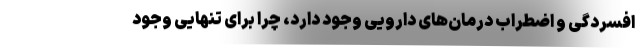
افسردگی و اضطراب درمان‌های دارویی وجود دارد، چرا برای تنهایی وجود